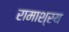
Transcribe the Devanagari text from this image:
रामाश्रय